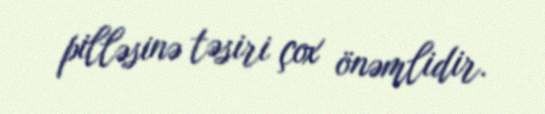
pilləsinə təsiri çox önəmlidir.